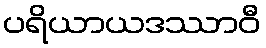
ပရိယာယဒဿာဝီ